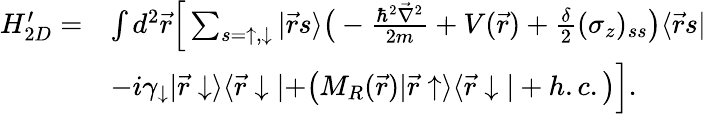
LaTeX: \begin{array}{rl}{H_{2D}^{\prime}=}&{\int d^{2}\vec{r}\Big[\sum_{s=\uparrow,\downarrow}|\vec{r}s\rangle\bigr(-\frac{\hbar^{2}\vec{\nabla}^{2}}{2m}+V(\vec{r})+\frac{\delta}{2}(\sigma_{z})_{ss}\bigr)\langle\vec{r}s|}\\ &{-i\gamma_{\downarrow}|\vec{r}\downarrow\rangle\langle\vec{r}\downarrow|+\bigr(M_{R}(\vec{r})|\vec{r}\uparrow\rangle\langle\vec{r}\downarrow|+h.c.\bigr)\Big].}\end{array}